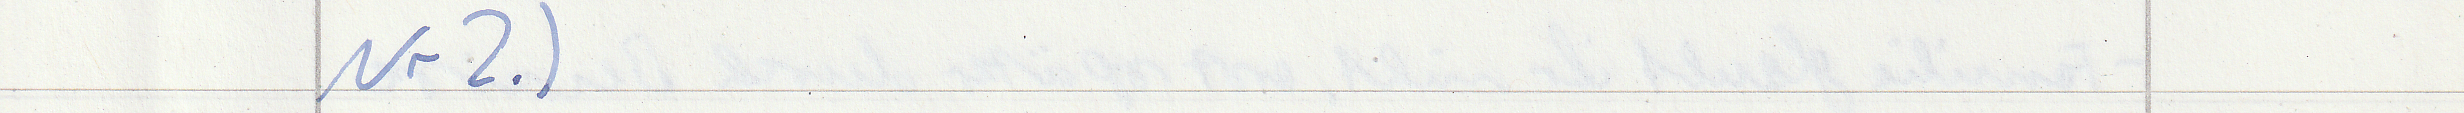
Nr2.)